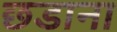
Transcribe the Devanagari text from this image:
छडाना